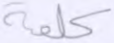
كلمة